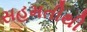
સહમતીથી